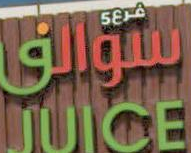
ومالك